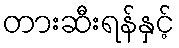
တားဆီးရန်နှင့်